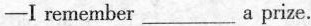
—I remember___a prize.